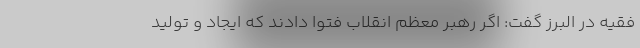
فقیه در البرز گفت: اگر رهبر معظم انقلاب فتوا دادند که ایجاد و تولید